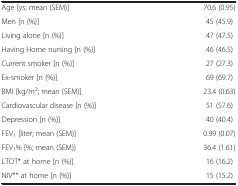
<table><thead><tr><td><b> </b></td><td><b> </b></td></tr></thead><tbody><tr><td>Age [ys; mean (SEM)]</td><td>70.6 (0.95)</td></tr><tr><td>Men [n (%)]</td><td>45 (45.9)</td></tr><tr><td>Living alone [n (%)]</td><td>47 (47.5)</td></tr><tr><td>Having Home nursing [n (%)]</td><td>46 (46.5)</td></tr><tr><td>Current smoker [n (%)]</td><td>27 (27.3)</td></tr><tr><td>Ex-smoker [n (%)]</td><td>69 (69.7)</td></tr><tr><td>BMI [kg/m<sup>2</sup>; mean (SEM)]</td><td>23.4 (0.63)</td></tr><tr><td>Cardiovascular disease [n (%)]</td><td>51 (57.6)</td></tr><tr><td>Depression [n (%)]</td><td>40 (40.4)</td></tr><tr><td>FEV<sub>1</sub> [liter; mean (SEM)]</td><td>0.99 (0.07)</td></tr><tr><td>FEV<sub>1</sub>% [%; mean (SEM)]</td><td>36.4 (1.61)</td></tr><tr><td>LTOT* at home [n (%)]</td><td>16 (16.2)</td></tr><tr><td>NIV** at home [n (%)]</td><td>15 (15.2)</td></tr></tbody></table>